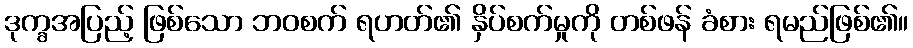
ဒုက္ခအပြည့် ဖြစ်သော ဘဝစက် ရဟတ်၏ နှိပ်စက်မှုကို တစ်ဖန် ခံစား ရမည်ဖြစ်၏။